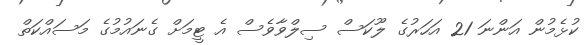
ކުޅެމުން އަންނަ 21 އަހަރުގެ ލޫކަސް ސިލްވާވެސް އެ ޓީމަށް ގެނައުމުގެ މަސައްކަތް